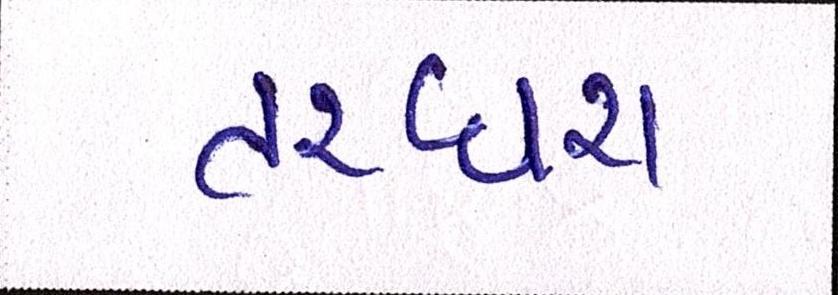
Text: તરઘરા